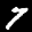
Label: 7